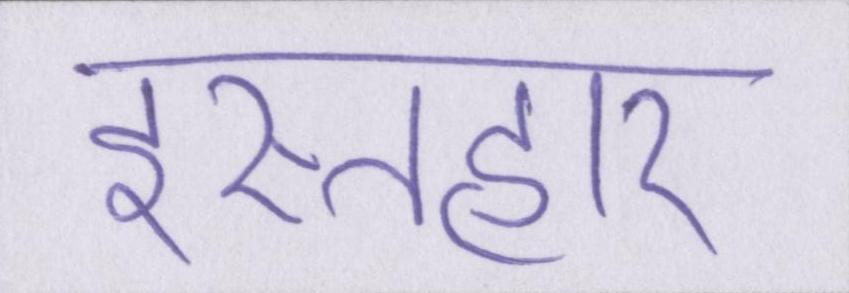
इस्तहार